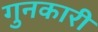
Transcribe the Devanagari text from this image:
गुनकारी